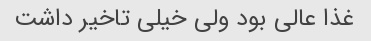
غذا عالی بود ولی خیلی تاخیر داشت